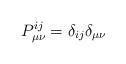
LaTeX: \begin{align*}P^{ij}_{\mu \nu}=\delta_{ij} \delta_{\mu \nu}\end{align*}